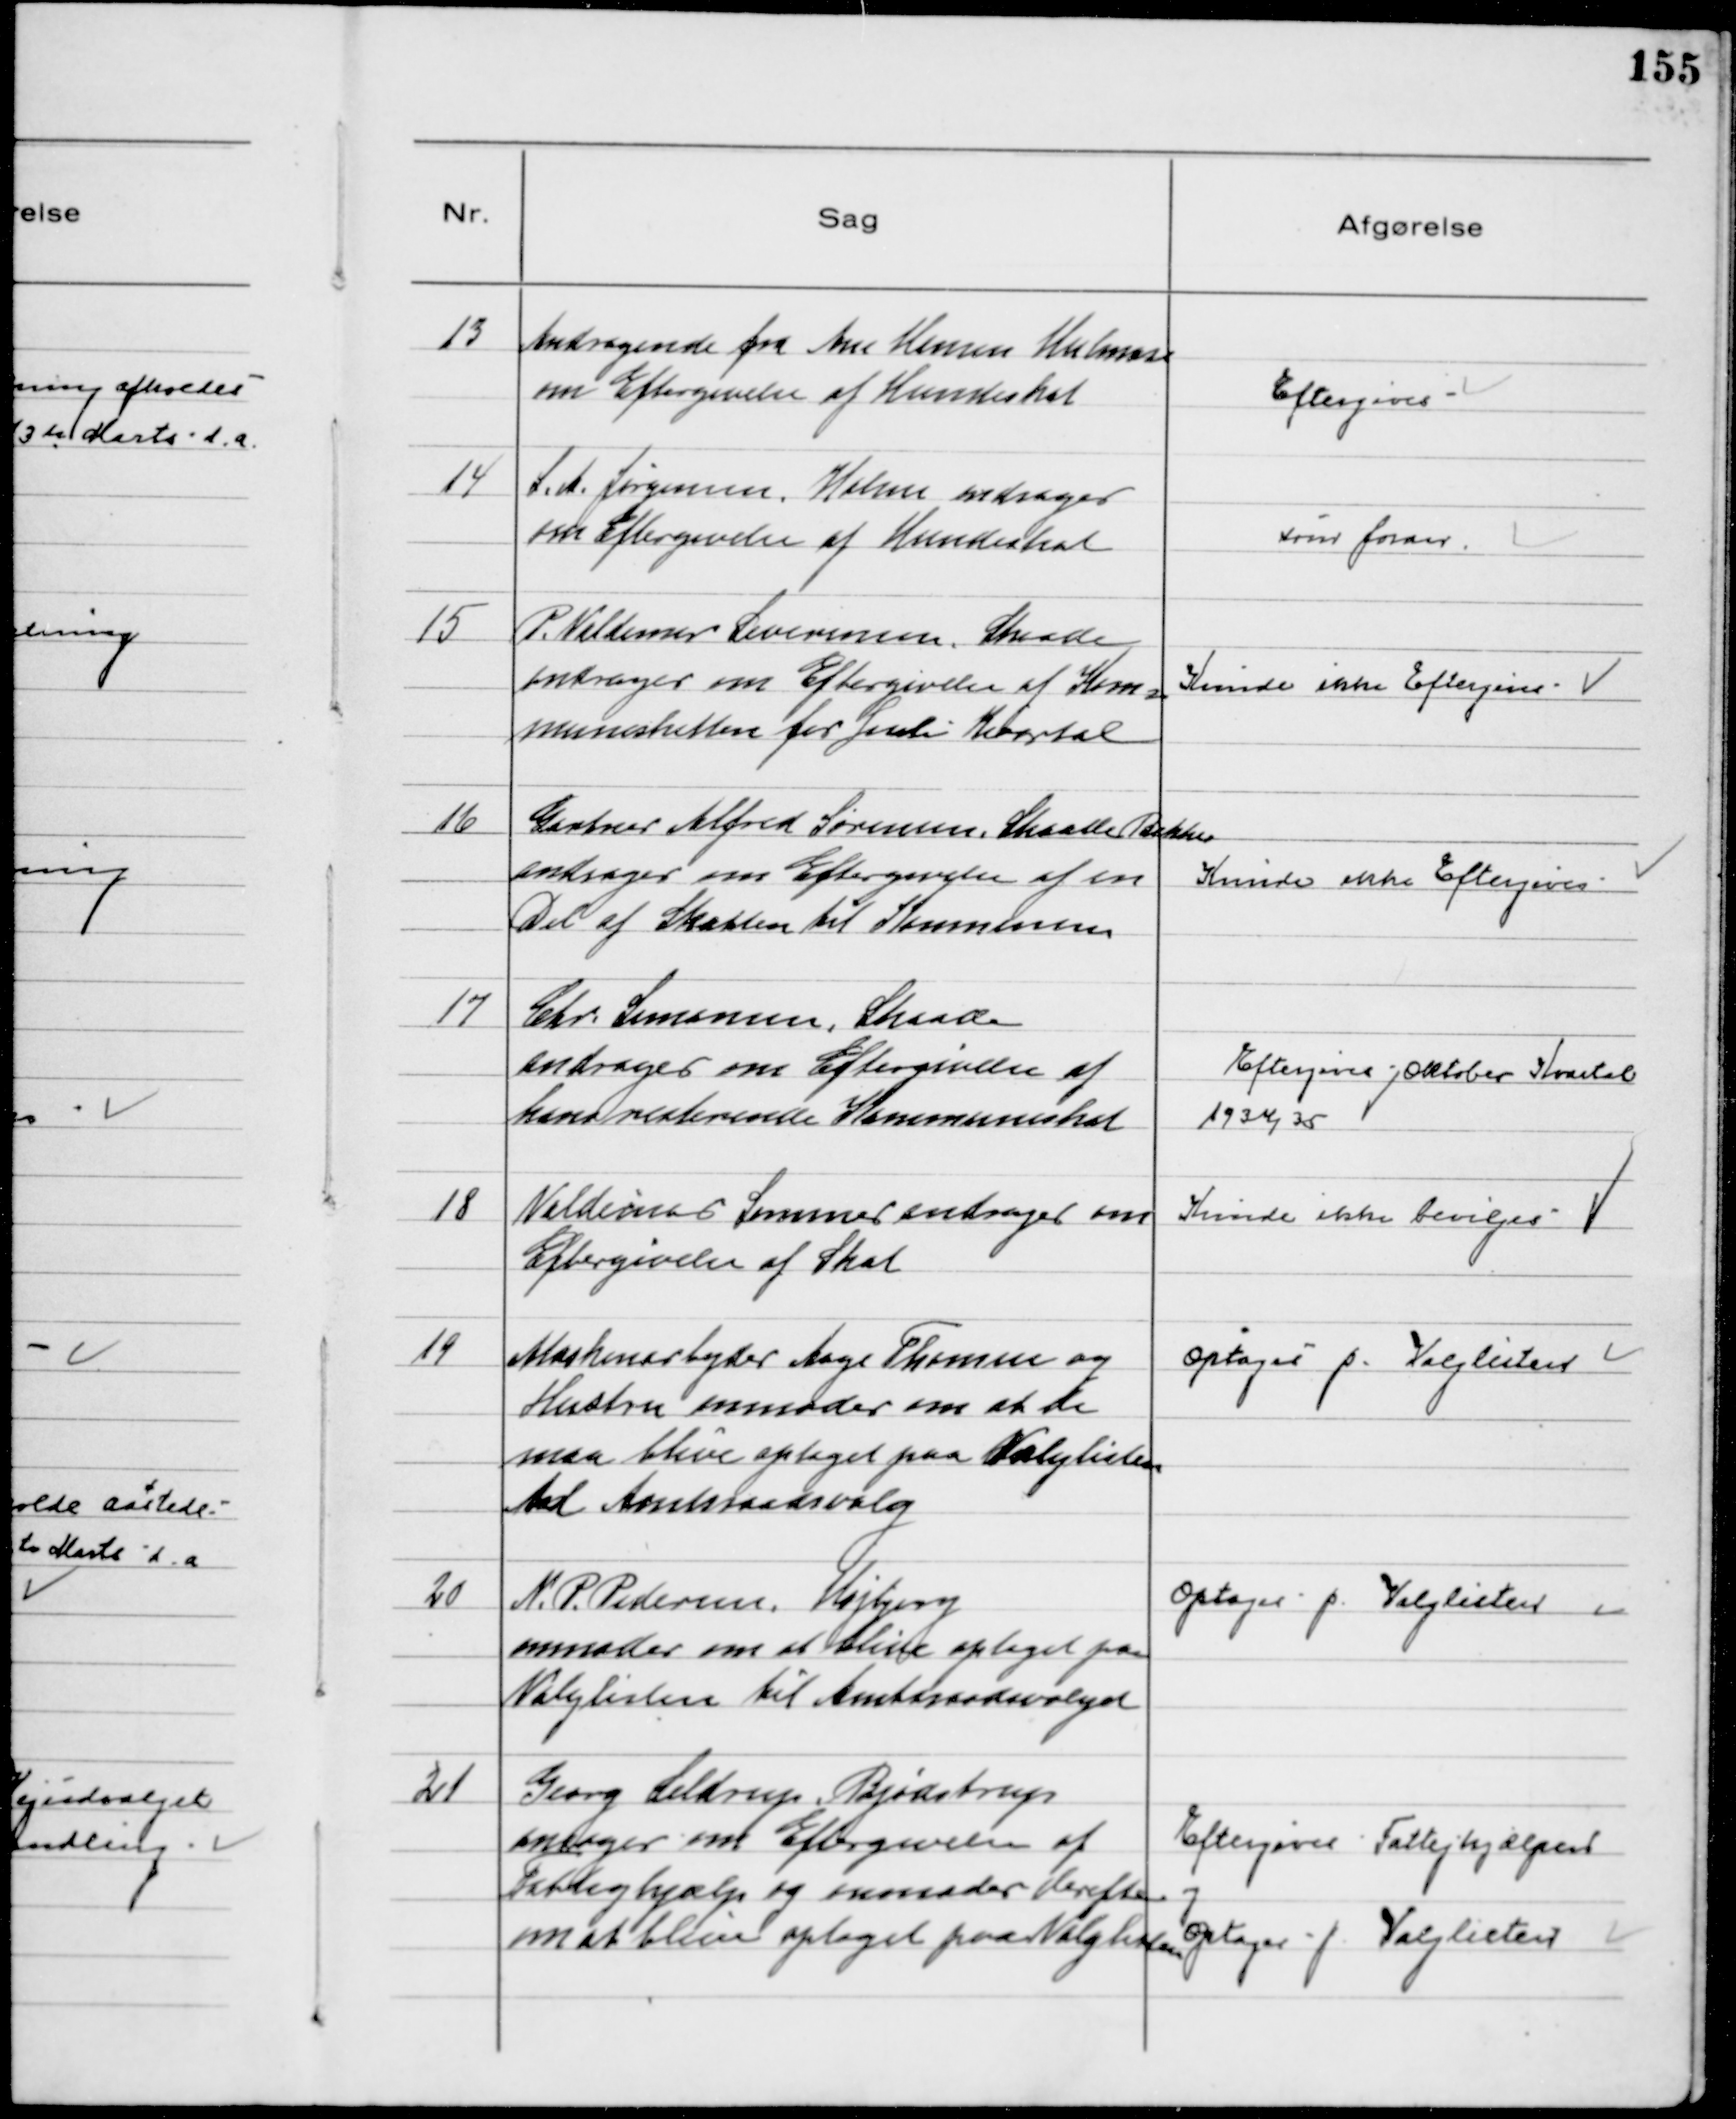
Transskription:
13
Andragende fra Ane Hansen Hulmose
om Eftergivelse af Hundeskat

Eftergives

14
S. A. Jørgensen Holme andrager
om Eftergivelse af Hundeskat

som foran

15
P. Valdemar Severinsen, Skaade
andrager om Eftergivelse af Kom=
muneskatten for Juli Kvartal

Kunde ikke Eftergives

16
Gartner Alfred Sørensen, Skaade Bakker
andrager om Eftergivelse af en
Del af Skatten til Kommunen
Kunde ikke Eftergives.

17
Chr. Simonsen, Skaade
andrager om Eftergivelse af
hans resterende Kommuneskat

Eftergives Oktober Kvartal
1934/35

18
Valdemar Sommer andrager om
Eftergivelse af Skat

Kunde ikke bevilges

19
Maskinarbejder Aage Thomsen og
Hustru anmoder om at de
maa blive optaget paa Valglisten
til Amtsraadsvalg

Optages p. Valglisten

20
N. P. Pedersen, Højbjerg
anmoder om at blive optaget paa
Valglisten til Amtsraadsvalget

Optages p. Valglisten

21
Georg Seldrup. Bjødstrup
andrager om Eftergivelse af
Fattighjælp og anmoder derefter
om at blive optaget paa Valglisten
Eftergives Fattighjælpen
og
optages p. Valglisten